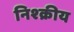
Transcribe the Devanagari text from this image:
निश्क्रीय